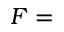
{ \cal F } =